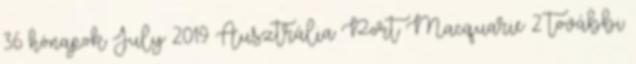
36 hónapok July 2019 Ausztrália Port Macquarie 2 további